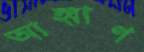
আহ্বাণ